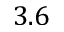
3 . 6